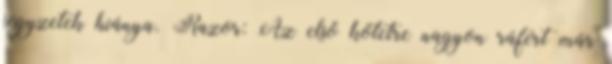
jegyzetek hiánya. Razor: Az első kötetre nagyon ráfért már